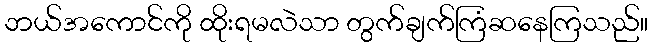
ဘယ်အကောင်ကို ထိုးရမလဲသာ တွက်ချက်ကြံဆနေကြသည်။